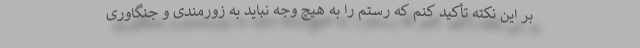
بر این نکته تأکید کنم که رستم را به هیچ وجه نباید به زورمندی و جنگاوری